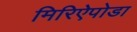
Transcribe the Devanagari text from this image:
मिरिऐपोडा